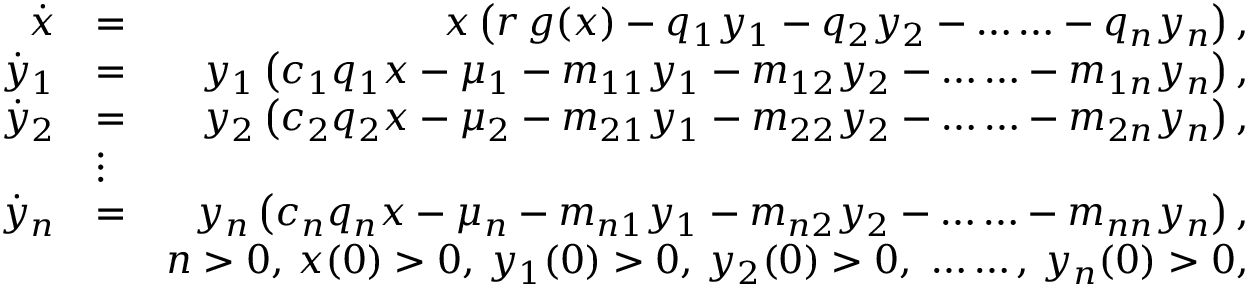
\begin{array} { r l r } { \dot { x } } & { = } & { x \left( r \, g ( x ) - q _ { 1 } y _ { 1 } - q _ { 2 } y _ { 2 } - \hdots \hdots - q _ { n } y _ { n } \right) , } \\ { \dot { y } _ { 1 } } & { = } & { y _ { 1 } \left( c _ { 1 } q _ { 1 } x - \mu _ { 1 } - m _ { 1 1 } y _ { 1 } - m _ { 1 2 } y _ { 2 } - \hdots \hdots - m _ { 1 n } y _ { n } \right) , } \\ { \dot { y } _ { 2 } } & { = } & { y _ { 2 } \left( c _ { 2 } q _ { 2 } x - \mu _ { 2 } - m _ { 2 1 } y _ { 1 } - m _ { 2 2 } y _ { 2 } - \hdots \hdots - m _ { 2 n } y _ { n } \right) , } \\ & { \vdots } & \\ { \dot { y } _ { n } } & { = } & { y _ { n } \left( c _ { n } q _ { n } x - \mu _ { n } - m _ { n 1 } y _ { 1 } - m _ { n 2 } y _ { 2 } - \hdots \hdots - m _ { n n } y _ { n } \right) , } \\ & { } & { n > 0 \mathrm { , ~ } x ( 0 ) > 0 \mathrm { , ~ } y _ { 1 } ( 0 ) > 0 \mathrm { , ~ } y _ { 2 } ( 0 ) > 0 \mathrm { , ~ } \hdots \hdots \mathrm { , ~ } y _ { n } ( 0 ) > 0 , } \end{array}